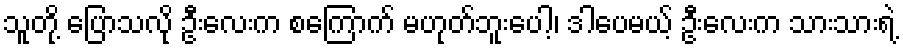
သူတို့ ပြောသလို ဦးလေးက စကြောက် မဟုတ်ဘူးပေါ့၊ ဒါပေမယ့် ဦးလေးက သားသားရဲ့